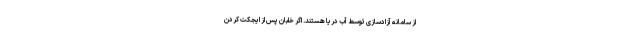
از سامانه آزادسازی توسط آب دریا هستند. اگر خلبان پس از ایجکت کردن